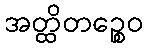
အတ္ထိတဉ္စေဝ